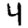
Digit: 4